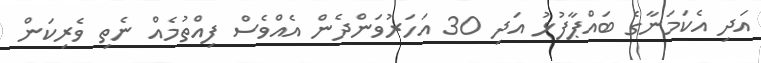
އަދި އެކަމަނާގެ ބައްޕާފުޅު އަދި 30 އަހަރުވަންދެން އެއްވެސް ފިއްތުމެއް ނެތި ވެރިކަން